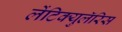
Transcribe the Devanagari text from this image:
लेंटिक्युलॅरिस